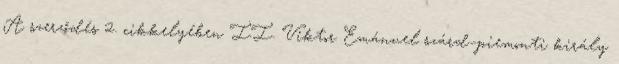
A szerződés 2. cikkelyében II. Viktor Emánuel szárd–piemonti király